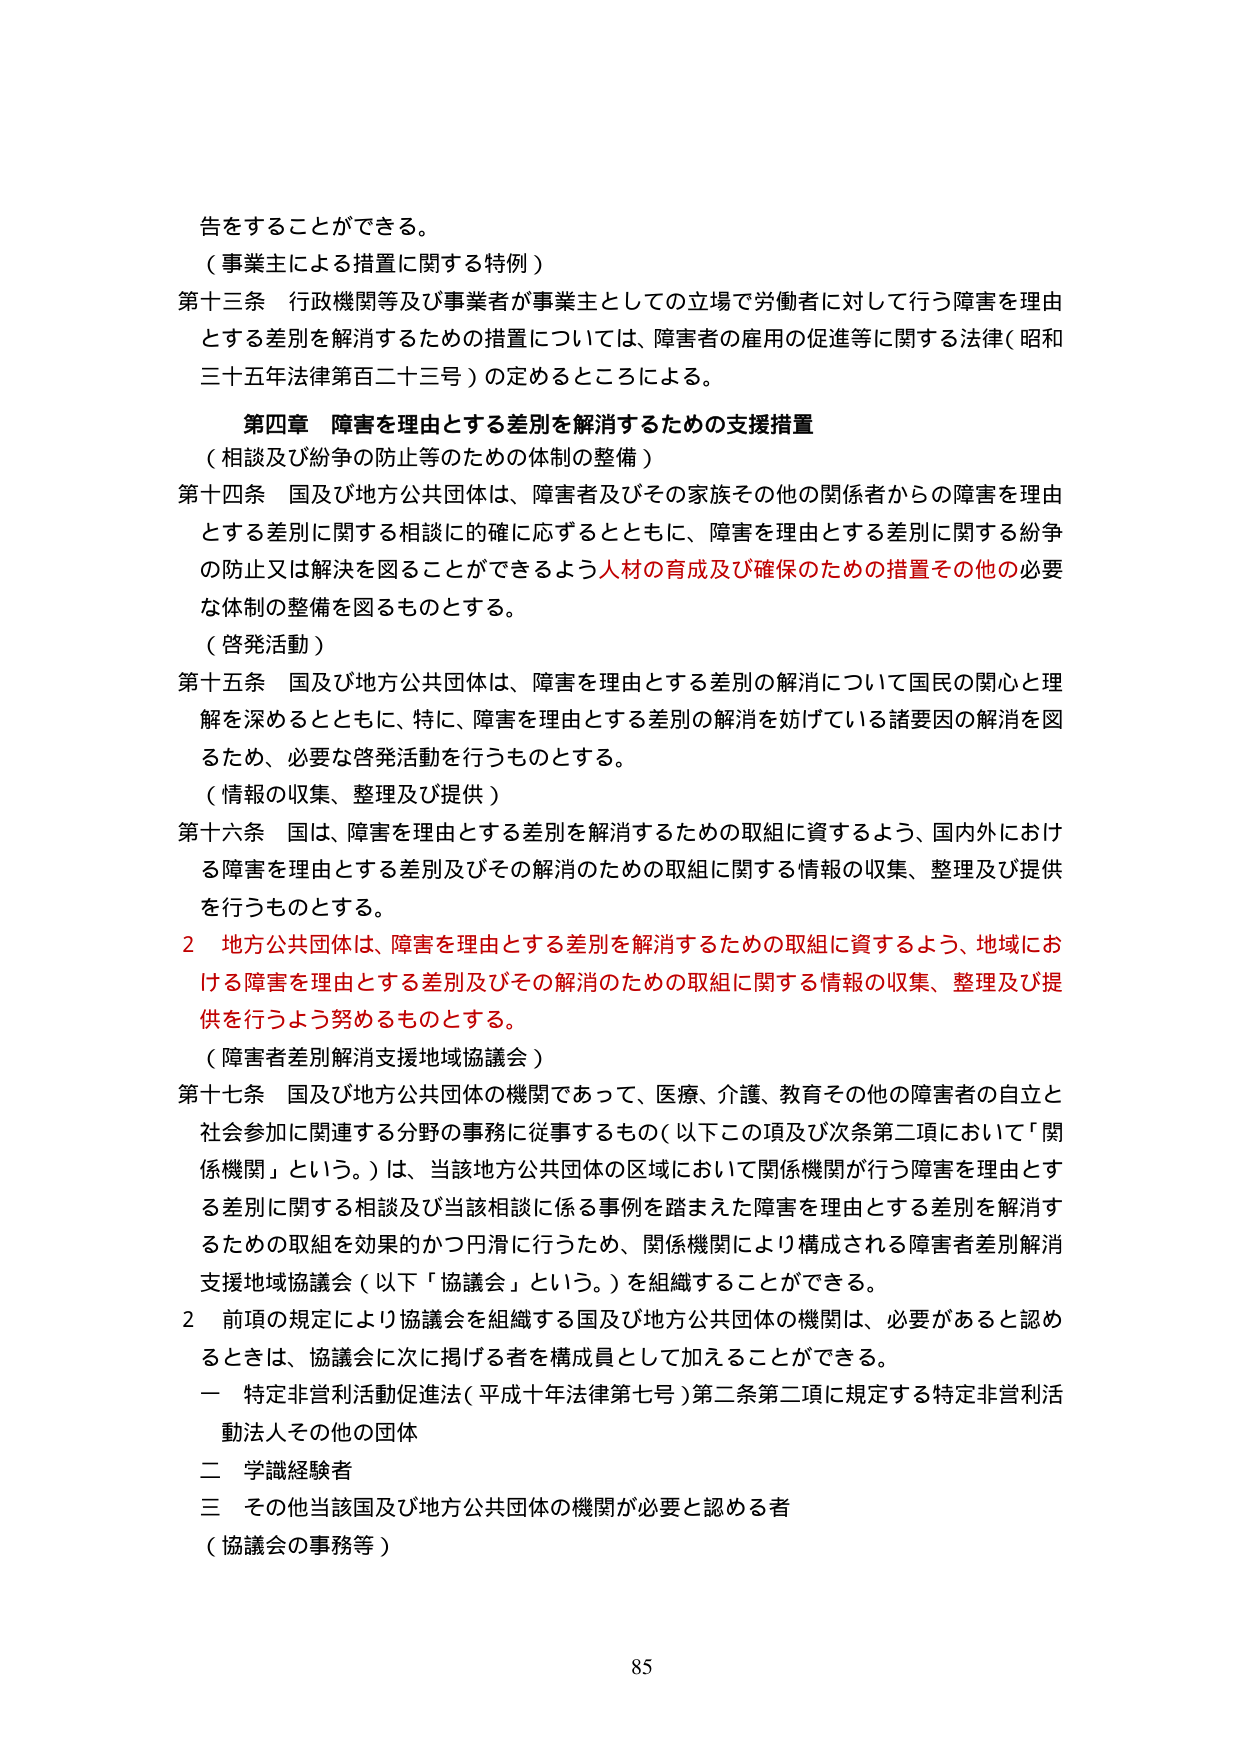
告をすることができる。

（事業主による措置に関する特例）

第十三条 行政機関等及び事業者が事業主としての立場で労働者に対して行う障害を理由とする差別を解消するための措置については、障害者の雇用の促進等に関する法律（昭和三十五年法律第百二十三号）の定めるところによる。

第四章 障害を理由とする差別を解消するための支援措置
（相談及び紛争の防止等のための体制の整備）

第十四条 国及び地方公共団体は、障害者及びその家族その他の関係者からの障害を理由とする差別に関する相談に的確に応ずるとともに、障害を理由とする差別に関する紛争の防止又は解決を図ることができるよう人材の育成及び確保のための措置その他の必要な体制の整備を図るものとする。

（啓発活動）

第十五条 国及び地方公共団体は、障害を理由とする差別の解消について国民の関心と理解を深めるとともに、特に、障害を理由とする差別の解消を妨げている諸要因の解消を図るため、必要な啓発活動を行うものとする。

（情報の収集、整理及び提供）

第十六条 国は、障害を理由とする差別を解消するための取組に資するよう、国内外における障害を理由とする差別及びその解消のための取組に関する情報の収集、整理及び提供を行うものとする。

2 地方公共団体は、障害を理由とする差別を解消するための取組に資するよう、地域における障害を理由とする差別及びその解消のための取組に関する情報の収集、整理及び提供を行うよう努めるものとする。

（障害者差別解消支援地域協議会）

第十七条 国及び地方公共団体の機関であって、医療、介護、教育その他の障害者の自立と社会参加に関連する分野の事務に従事するもの（以下この項及び次条第二項において「関係機関」という。）は、当該地方公共団体の区域において関係機関が行う障害を理由とする差別に関する相談及び当該相談に係る事例を踏まえた障害を理由とする差別を解消するための取組を効果的かつ円滑に行うため、関係機関により構成される障害者差別解消支援地域協議会（以下「協議会」という。）を組織することができる。

2 前項の規定により協議会を組織する国及び地方公共団体の機関は、必要があると認めるときは、協議会に次に掲げる者を構成員として加えることができる。

一 特定非営利活動促進法（平成十年法律第七号）第二条第二項に規定する特定非営利活動法人その他の団体

二 学識経験者

三 その他当該国及び地方公共団体の機関が必要と認める者

（協議会の事務等）

85